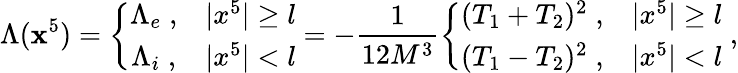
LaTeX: \Lambda(\mathbf{x}^{5})=\left\{ \begin{array}{cc}{{\Lambda_{e}\; ,}}&{{|x^{5}|\ge l}}\\ {{\Lambda_{i}\; ,}}&{{|x^{5}|<l}}\end{array}\right.=-\frac{{1}}{{12M^{3}}}\left\{ \begin{array}{cc}{{(T_{1}+T_{2})^{2}\; ,}}&{{|x^{5}|\ge l}}\\ {{(T_{1}-T_{2})^{2}\; ,}}&{{|x^{5}|<l}}\end{array}\right.\; ,